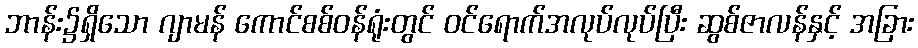
ဘာန်း၌ရှိသော ဂျာမန် ကောင်စစ်ဝန်ရုံးတွင် ဝင်ရောက်အလုပ်လုပ်ပြီး ဆွစ်ဇာလန်နှင့် အခြား